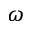
\omega